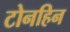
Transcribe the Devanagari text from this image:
टोनहिन